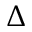
\Delta